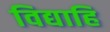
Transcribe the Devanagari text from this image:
विद्याहि